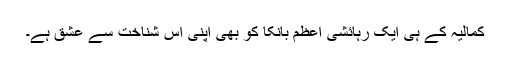
کمالیہ کے ہی ایک رہائشی اعظم بانکا کو بھی اپنی اس شناخت سے عشق ہے۔